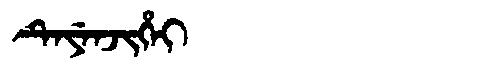
Manchu: ᡨᡝᠶᡝᠨᠵᡳᡥᡝᡳ
Romanization: TEYENJIHEI